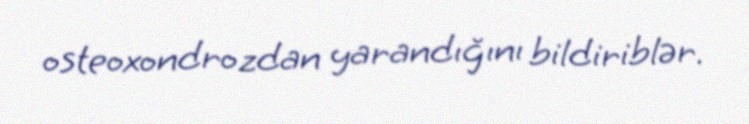
osteoxondrozdan yarandığını bildiriblər.